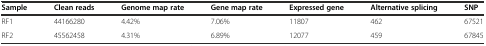
<table><thead><tr><td><b>Sample</b></td><td><b>Clean reads</b></td><td><b>Genome map rate</b></td><td><b>Gene map rate</b></td><td><b>Expressed gene</b></td><td><b>Alternative splicing</b></td><td><b>SNP</b></td></tr></thead><tbody><tr><td>RF1</td><td>44166280</td><td>4.42%</td><td>7.06%</td><td>11807</td><td>462</td><td>67521</td></tr><tr><td>RF2</td><td>45562458</td><td>4.31%</td><td>6.89%</td><td>12077</td><td>459</td><td>67845</td></tr></tbody></table>